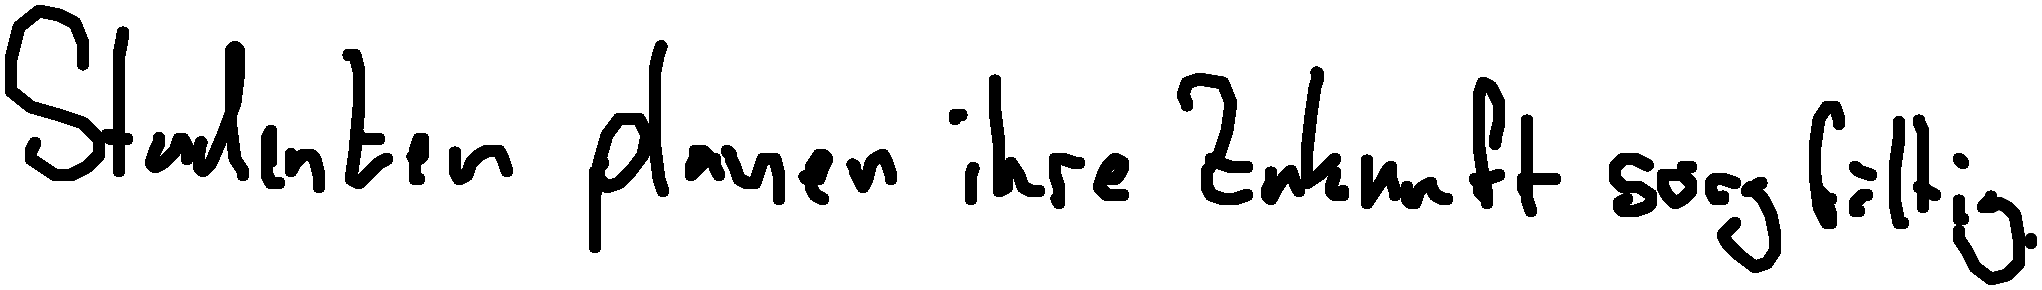
Studenten planen ihre Zukunft sorgfältig.